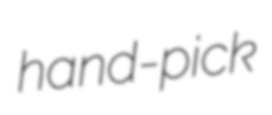
hand-pick